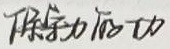
除斥力做功